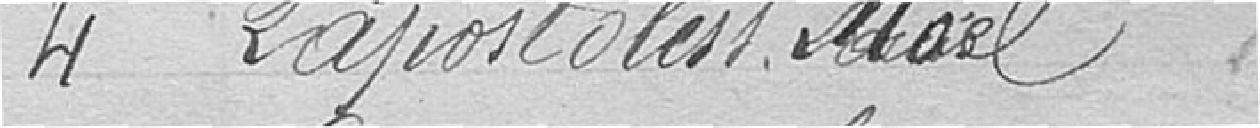
4. Lapostolest, Mael